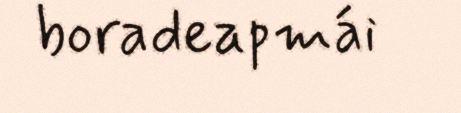
boradeapmái